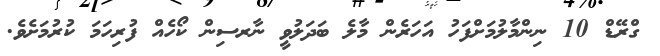
ގްރޭޑް 10 ނިންމާލުމަށްފަހު އަހަރެން މާލެ ބަދަލުވީ ނާރސިން ކޯހެއް ފުރިހަމަ ކުރުމަށެވެ.